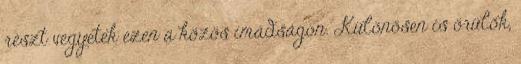
részt vegyetek ezen a közös imádságon. Különösen is örülök,